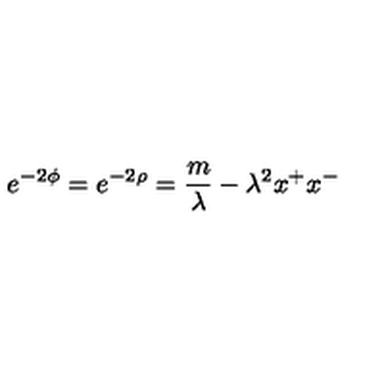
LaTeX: e ^ { - 2 \phi } = e ^ { - 2 \rho } = \frac { m } { \lambda } - \lambda ^ { 2 } x ^ { + } x ^ { - }